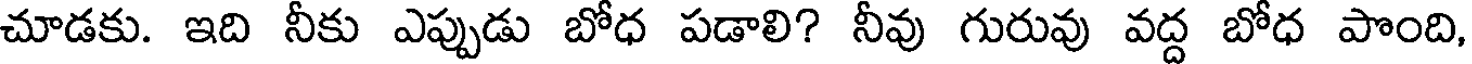
చూడకు. ఇది నీకు ఎప్పుడు బోధ పడాలి? నీవు గురువు వద్ద బోధ పొంది